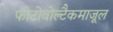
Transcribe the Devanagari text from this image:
फोटोवोल्टैकमाजूल